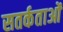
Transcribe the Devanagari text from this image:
सतर्कताओं